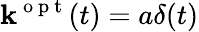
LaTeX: \mathbf{k}^{\mathrm{{~o~p~t~}}}(t)=a\delta(t)